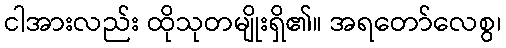
ငါအားလည်း ထိုသုတမျိုးရှိ၏။ အရတော်လေစွ၊